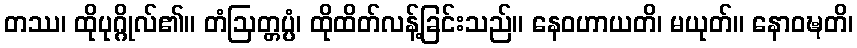
တဿ၊ ထိုပုဂ္ဂိုလ်၏။ တံဩတ္တပ္ပံ၊ ထိုထိတ်လန့်ခြင်းသည်။ နေဝဟာယတိ၊ မယုတ်။ နောဝဍ္ဎတိ၊